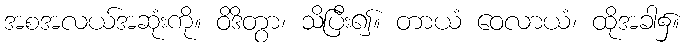
အစအလယ်အဆုံးကို။ ဝိဒိတွာ၊ သိပြီး၍။ တာယံ ဝေလာယံ၊ ထိုအခါ၌။